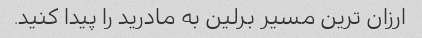
ارزان ترین مسیر برلین به مادرید را پیدا کنید.